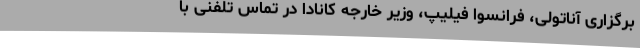
برگزاری آناتولی، فرانسوا فیلیپ، وزیر خارجه کانادا در تماس تلفنی با